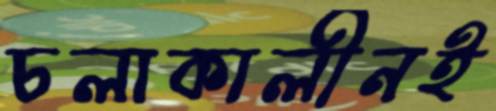
চলাকালীনই